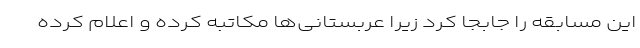
این مسابقه را جابجا کرد زیرا عربستانی‌ها مکاتبه کرده و اعلام کرده